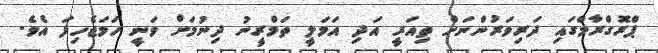
ޕްރޮގްރާމްގައި ދަރިވަރުންނަށް ތިއަރީ އަދި އަމަލީ ތަމްރީނު ދިނުމަށް ވަނީ ހަމަޖެހިފަ އެވެ.